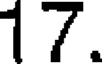
17.